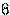
6